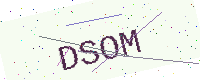
Text: DSOM